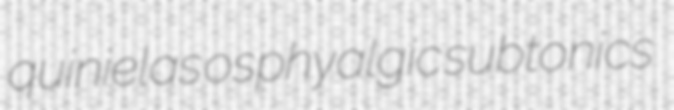
quinielas osphyalgic subtonics